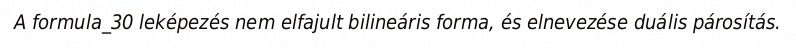
A formula_30 leképezés nem elfajult bilineáris forma, és elnevezése duális párosítás.